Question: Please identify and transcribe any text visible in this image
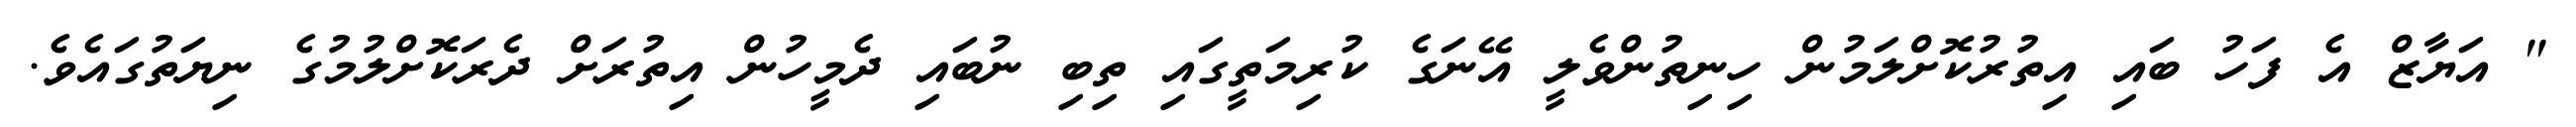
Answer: " އަޔާޒް އެ ފަހު ބައި އިތުރުކޮށްލަމުން ހިނިތުންވެލީ އޭނަގެ ކުރިމަތީގައި ތިބި ނުބައި ދެމީހުން އިތުރަށް ދެރަކޮށްލުމުގެ ނިޔަތުގައެވެ.